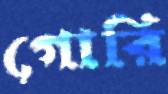
গোরি